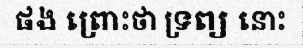
ផង ព្រោះថា ទ្រព្យ នោះ